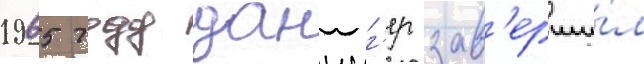
1965 году данциг'ер зав'ерши́л